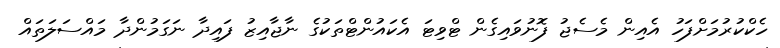
ހެކްކުރުމަށްފަހު އެއިން މެސެޖު ފޮނުވައިގެން ޓްވިޓަ އެކައުންޓްތަކުގެ ނާޖާއިޒު ފައިދާ ނަގަމުންދާ މައްސަލަތައް